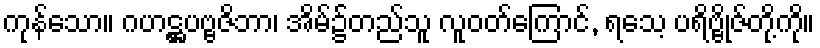
ကုန်သော။ ဂဟဋ္ဌပဗ္ဗဇိဘာ၊ အိမ်၌တည်သူ လူဝတ်ကြောင်, ရသေ့ ပရိဗ္ဗိုဇ်တို့ကို။